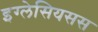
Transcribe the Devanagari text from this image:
इग्लेसियसस